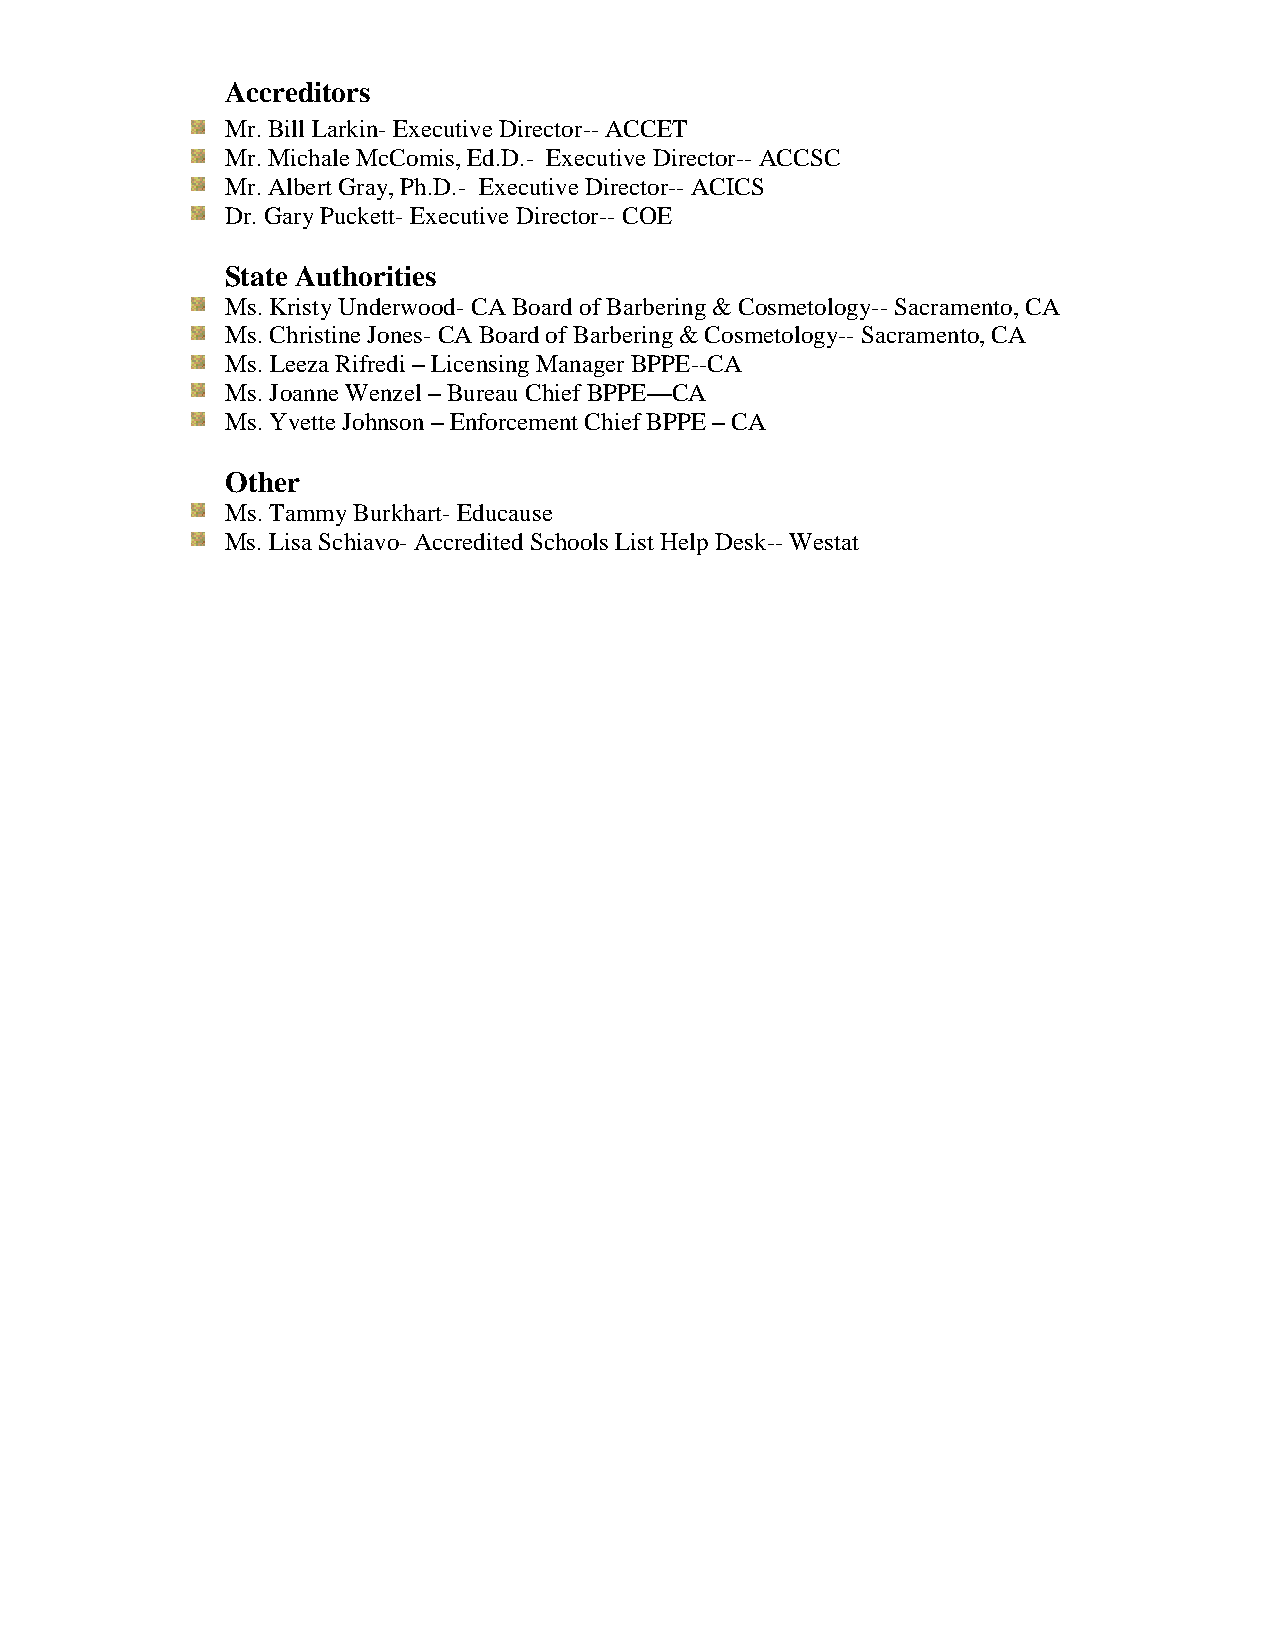
Accreditors
 Mr. Bill Larkin- Executive Director-- ACCET
 Mr. Michale McComis, Ed.D.- Executive Director-- ACCSC
 Mr. Albert Gray, Ph.D.- Executive Director-- ACICS
 Dr. Gary Puckett- Executive Director-- COE
 State Authorities
 Ms. Kristy Underwood- CA Board of Barbering & Cosmetology-- Sacramento, CA
 Ms. Christine Jones- CA Board of Barbering & Cosmetology-- Sacramento, CA
 Ms. Leeza Rifredi – Licensing Manager BPPE--CA
 Ms. Joanne Wenzel – Bureau Chief BPPE—CA
 Ms. Yvette Johnson – Enforcement Chief BPPE – CA
 Other
 Ms. Tammy Burkhart- Educause
 Ms. Lisa Schiavo- Accredited Schools List Help Desk-- Westat